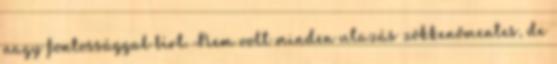
nagy fontossággal bírt. Nem volt minden utazás zökkenőmentes, de